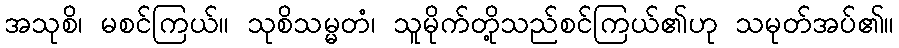
အသုစိ၊ မစင်ကြယ်။ သုစိသမ္မတံ၊ သူမိုက်တို့သည်စင်ကြယ်၏ဟု သမုတ်အပ်၏။